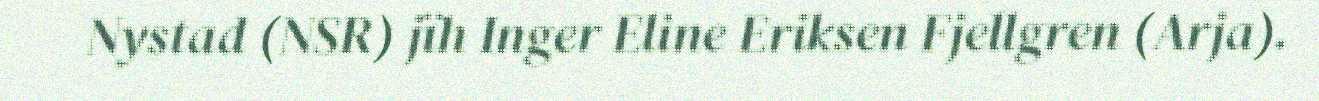
Nystad (NSR) jïh Inger Eline Eriksen Fjellgren (Arja).